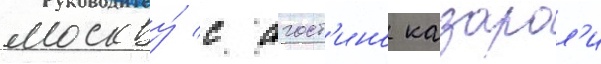
москву́ с агост'ино казарол'и